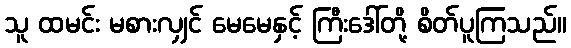
သူ ထမင်း မစားလျှင် မေမေနှင့် ကြီးဒေါ်တို့ စိတ်ပူကြသည်။